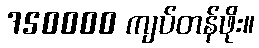
750000 ကျပ်တန်ဖိုး။